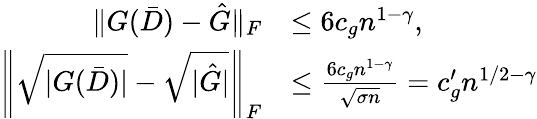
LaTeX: \begin{array}{rl}{\Vert G(\bar{D})-\hat{G}\Vert_{F}}&{\le 6c_{g}n^{1-\gamma},}\\ {\left\Vert\sqrt{|G(\bar{D})|}-\sqrt{|\hat{G}|}\right\Vert_{F}}&{\le\frac{6c_{g}n^{1-\gamma}}{\sqrt{\sigma n}}=c_{g}^{\prime}n^{1/2-\gamma}}\end{array}